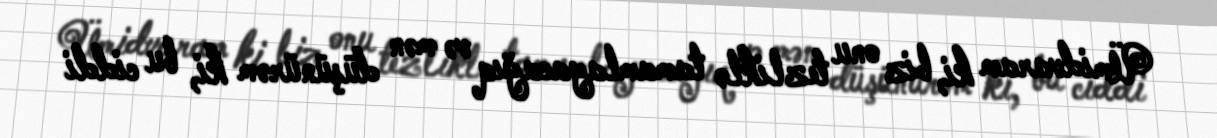
Ümidvaram ki, biz onu tezliklə tamamlayacağıq və mən düşünürəm ki, bu ciddi